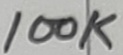
Text: 100K